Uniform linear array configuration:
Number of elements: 8
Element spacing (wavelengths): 0.25
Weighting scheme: cosine
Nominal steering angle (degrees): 60
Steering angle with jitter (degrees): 58.79
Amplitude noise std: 0.05
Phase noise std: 0.05

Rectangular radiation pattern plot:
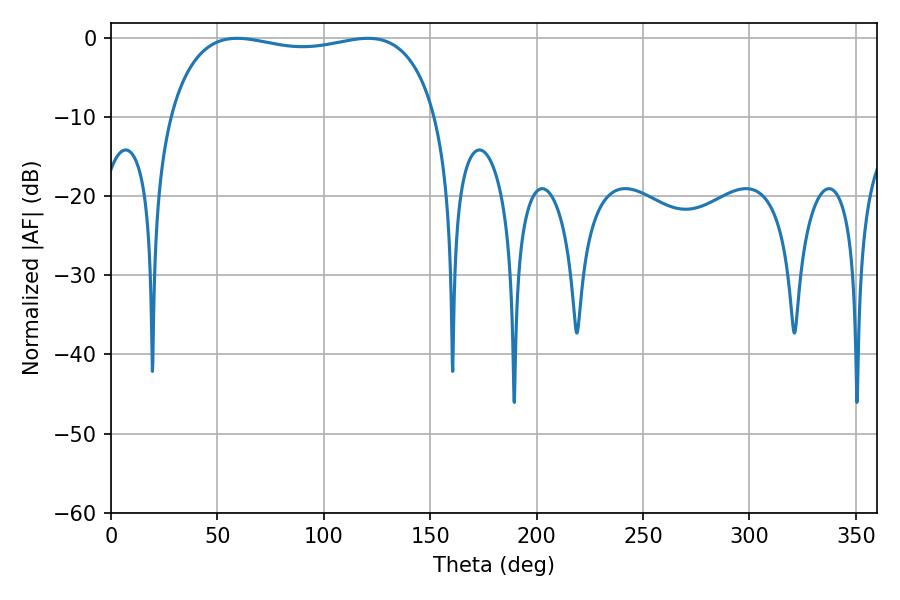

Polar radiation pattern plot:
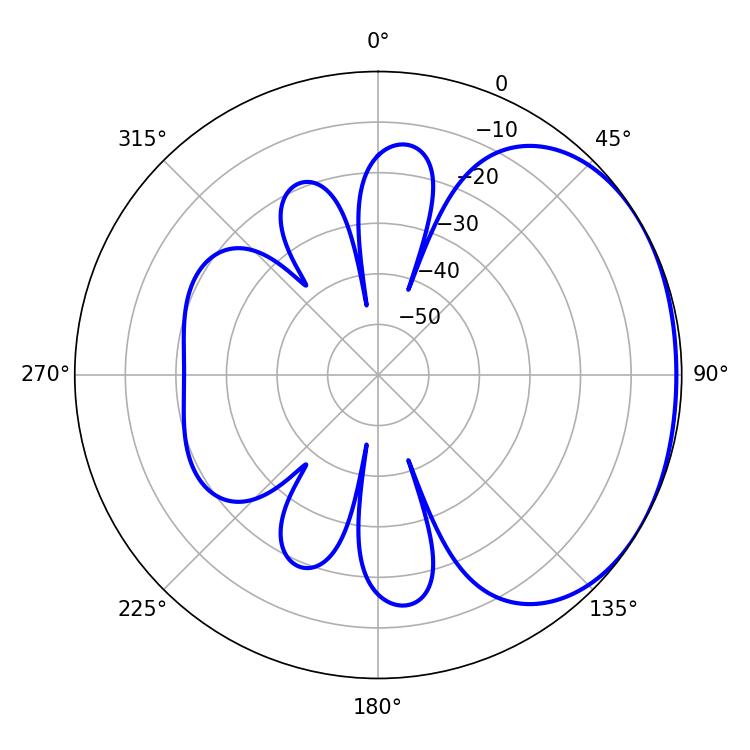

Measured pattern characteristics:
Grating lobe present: FALSE
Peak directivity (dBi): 1.546
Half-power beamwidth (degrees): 101.88
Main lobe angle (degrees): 59.22